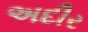
અદીર